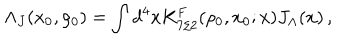
\Lambda _ { J } ( x _ { 0 } , \rho _ { 0 } ) = \int d ^ { 4 } x K _ { 7 / 2 } ^ { \mathrm { F } } ( \rho _ { 0 } , x _ { 0 } ; x ) J _ { \Lambda } ( x ) \, ,